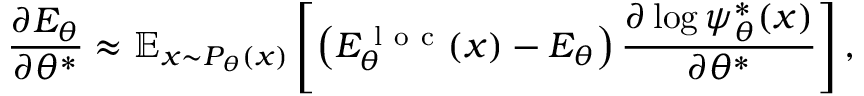
\frac { \partial E _ { \theta } } { \partial \theta ^ { * } } \approx \mathbb { E } _ { x \sim P _ { \theta } ( x ) } \left[ \left( E _ { \theta } ^ { \mathrm { ~ l ~ o ~ c ~ } } ( x ) - E _ { \theta } \right) \frac { \partial \log \psi _ { \theta } ^ { * } ( x ) } { \partial \theta ^ { * } } \right] ,